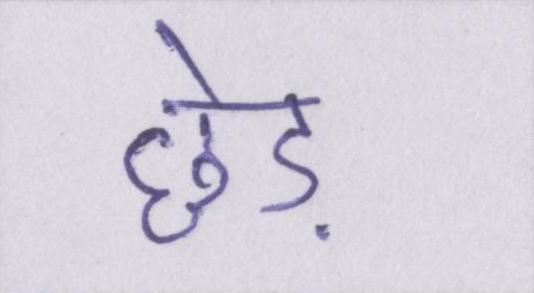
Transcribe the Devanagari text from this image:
छेड़